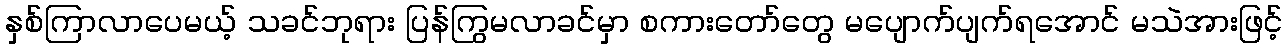
နှစ်ကြာလာပေမယ့် သခင်ဘုရား ပြန်ကြွမလာခင်မှာ စကားတော်တွေ မပျောက်ပျက်ရအောင် မသဲအားဖြင့်